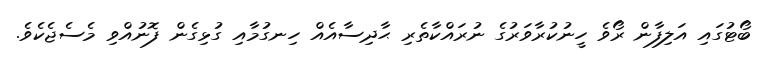
ބޯޓުގައި އަލިފާން ރޯވެ ހީނުކުރާވަރުގެ ނުރައްކާތެރި ޙާދިސާއެއް ހިނގުމާއި ގުޅިގެން ފޮނުއްވި މެސެޖެކެވެ.